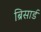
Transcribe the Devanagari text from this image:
ब्रिसार्ड